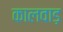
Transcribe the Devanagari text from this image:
कालवाड़